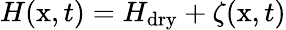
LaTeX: H(\mathrm x,t)=H_{\mathrm{dry}}+\zeta(\mathrm x,t)